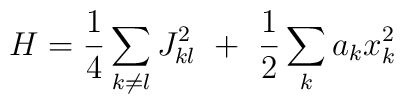
H = {1 \over 4} \sum_{k \neq l} J_{kl}^2 ~+ ~{1 \over 2} \sum_k a_k x_k^2